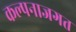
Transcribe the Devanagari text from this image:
कल्पनाजगत